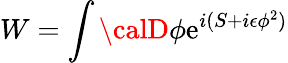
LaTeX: W=\int{\calD}\phi\mathrm{e}^{i(S+i\epsilon\phi^{2})}